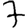
Digit: 7